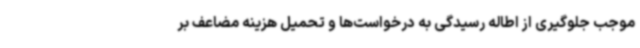
موجب جلوگیری از اطاله رسیدگی به درخواست‌ها و تحمیل هزینه مضاعف بر